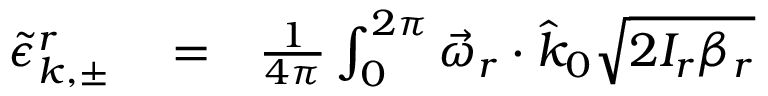
\begin{array} { r l r } { \tilde { \epsilon } _ { k , \pm } ^ { r } } & { { } = } & { \frac { 1 } { 4 \pi } \int _ { 0 } ^ { 2 \pi } \vec { \omega } _ { r } \cdot \hat { k } _ { 0 } \sqrt { 2 I _ { r } \beta _ { r } } } \end{array}